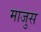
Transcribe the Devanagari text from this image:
माजुस